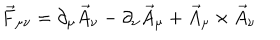
LaTeX: \vec { F } _ { \mu \nu } = \partial _ { \mu } \vec { A } _ { \nu } - \partial _ { \nu } \vec { A } _ { \mu } + \vec { A } _ { \mu } \times \vec { A } _ { \nu }